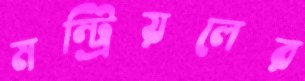
মন্ট্রিয়লের